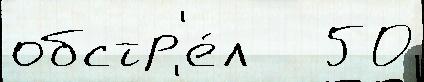
обстр'е́л   50